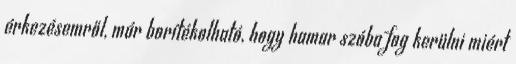
érkezésemről, már borítékolható, hogy hamar szóba fog kerülni miért